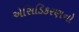
એસિડિકરણનો